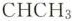
CHCH_{3}|